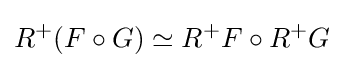
R^{+}(F\circ G)\simeq R^{+}F\circ R^{+}G